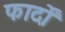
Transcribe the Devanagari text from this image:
फार्दों